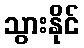
သွားနိုင်